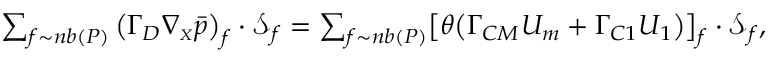
\begin{array} { r } { \sum _ { f \sim n b ( P ) } \left( \boldsymbol { \Gamma _ { D } } \boldsymbol { \nabla _ { \scriptscriptstyle X } } \Bar { p } \right) _ { f } \cdot \boldsymbol { \mathcal { S } } _ { f } = \sum _ { f \sim n b ( P ) } \bigl [ \theta \bigl ( \boldsymbol { \Gamma _ { C M } } \boldsymbol { U _ { m } } + \boldsymbol { \Gamma _ { C 1 } } \boldsymbol { U _ { 1 } } \bigr ) \bigr ] _ { f } \cdot \boldsymbol { \mathcal { S } } _ { f } , } \end{array}